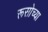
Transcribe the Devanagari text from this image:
रूसोच्या